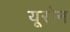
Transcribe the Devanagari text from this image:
यूरोन